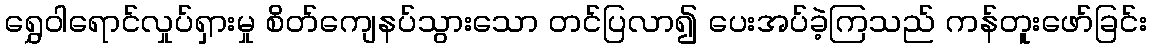
ရွှေဝါရောင်လှုပ်ရှားမှု စိတ်ကျေနပ်သွားသော တင်ပြလာ၍ ပေးအပ်ခဲ့ကြသည် ကန်တူးဖော်ခြင်း